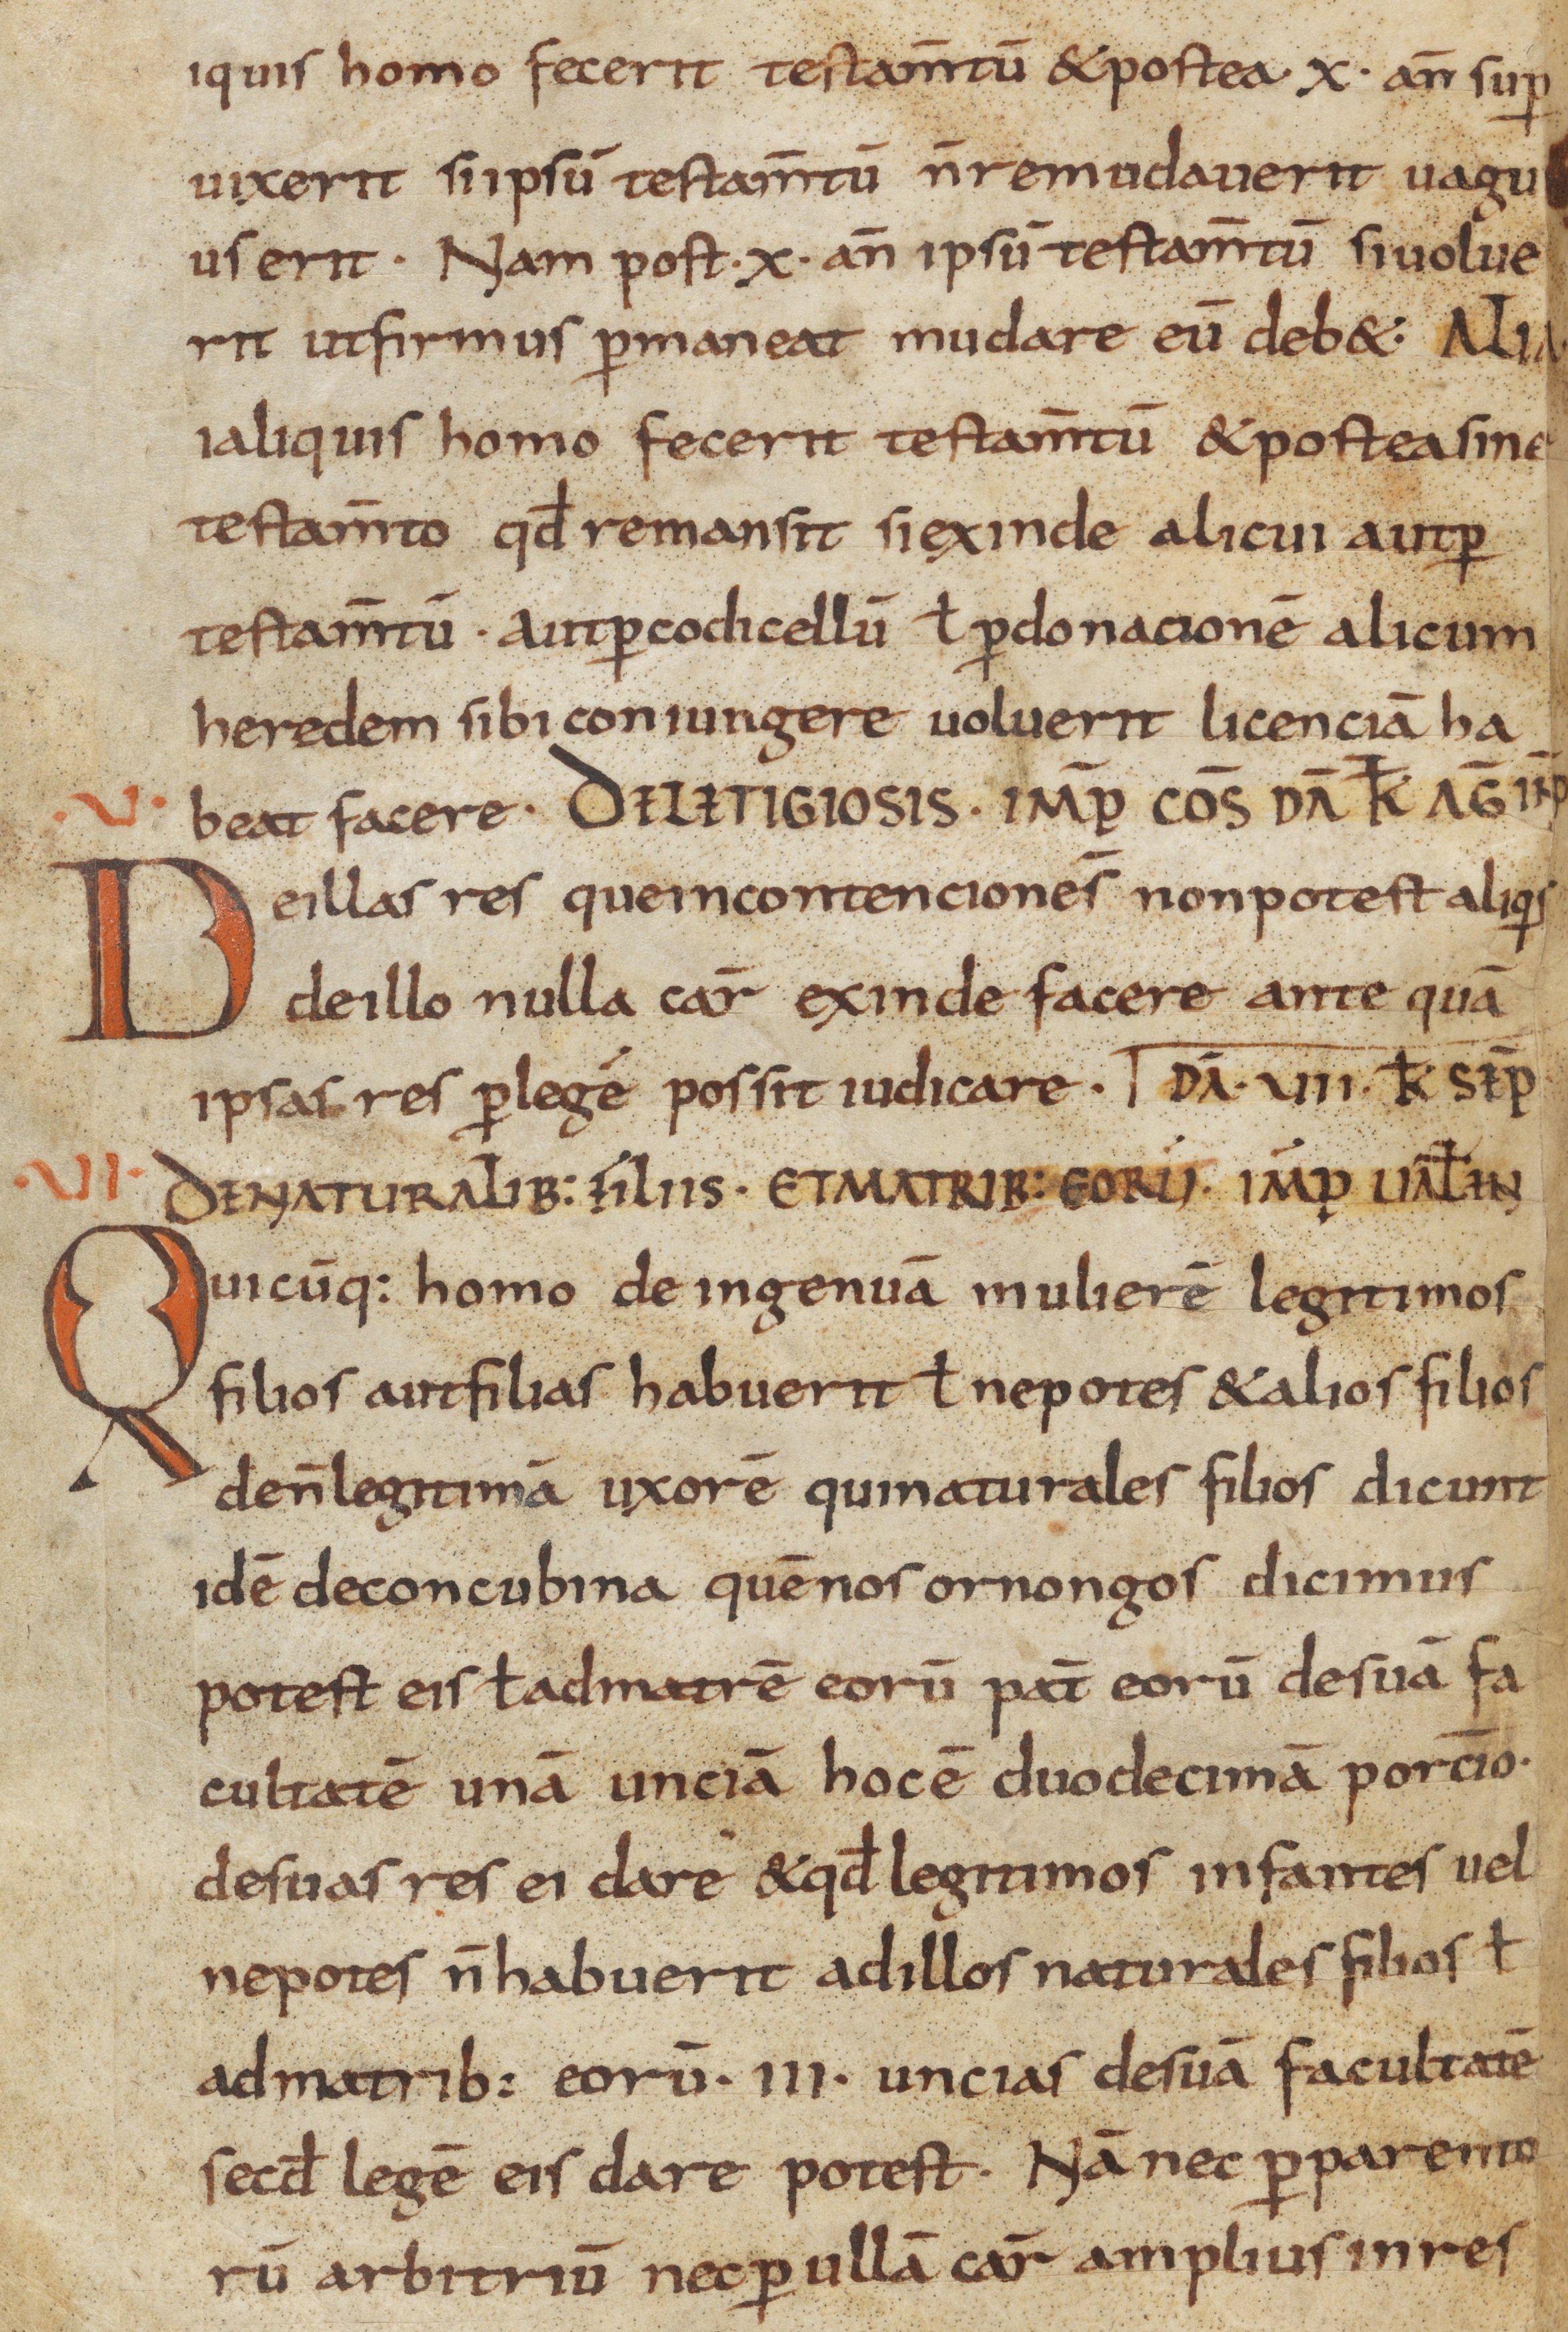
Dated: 800–865